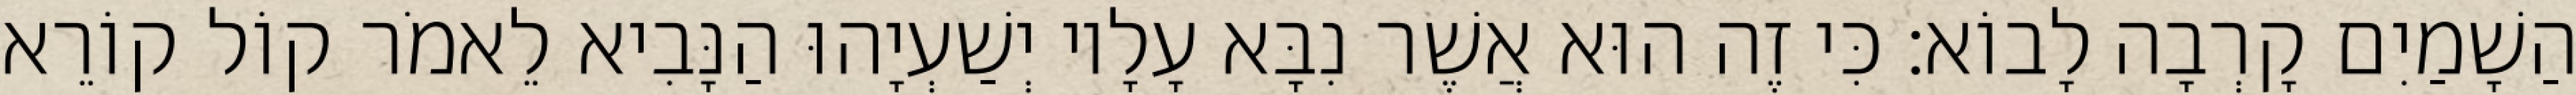
הַשָׁמַיִם קָרְבָה לָבוֹא׃ כִּי זֶה הוּא אֲשֶׁר נִבָּא עָלָיו יְשַׁעְיָהוּ הַנָּבִיא לֵאמֹר קוֹל קוֹרֵא